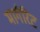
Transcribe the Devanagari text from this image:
मार्गरिट